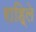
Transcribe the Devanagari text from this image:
राहि्ले